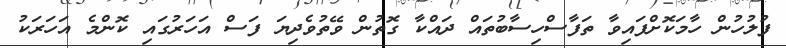
ފުލުހުން ހާމަކޮށްފައިވާ ތަފާސްހިސާބުތައް ދައްކާ ގޮތުން ވޭތުވެދިޔަ ފަސް އަހަރުގައި ކޮންމެ އަހަރަކު